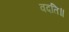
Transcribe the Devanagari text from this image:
वदति॥